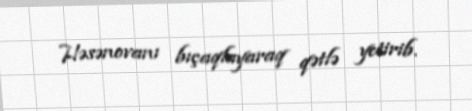
Həsənovanı bıçaqlayaraq qətlə yetirib.